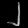
Digit: ၂